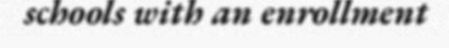
schools with an enrollment